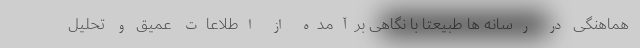
هماهنگی در رسانه ها طبیعتا با نگاهی برآمده از اطلاعات عمیق و تحلیل